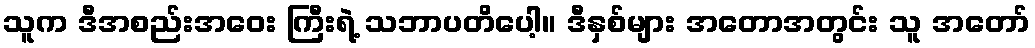
သူက ဒီအစည်းအဝေး ကြီးရဲ့ သဘာပတိပေါ့။ ဒီနှစ်များ အတောအတွင်း သူ အတော်